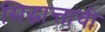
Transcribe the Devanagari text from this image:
सिद्धान्तांची